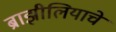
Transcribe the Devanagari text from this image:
ब्राझीलियाचे